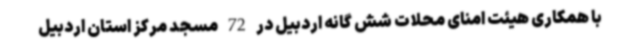
با همکاری هیئت امنای محلات شش گانه اردبیل در 72 مسجد مرکز استان اردبیل